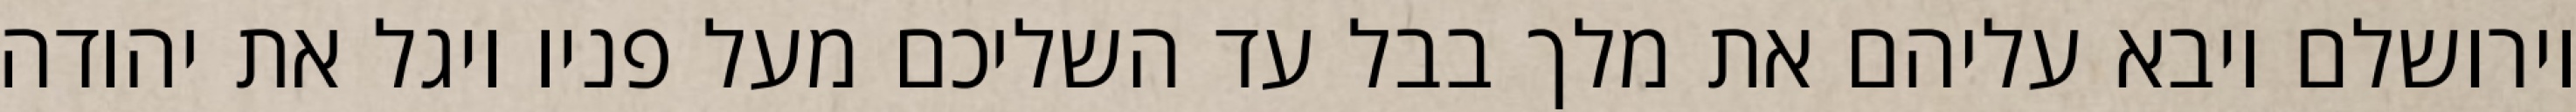
וירושלם ויבא עליהם את מלך בבל עד השליכם מעל פניו ויגל את יהודה